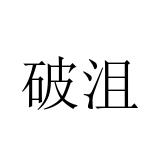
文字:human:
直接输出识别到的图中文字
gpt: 破沮